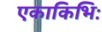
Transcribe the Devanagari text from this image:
एकाकिभिः